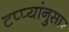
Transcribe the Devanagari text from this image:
टप्प्यांनुसार